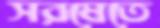
সরষেতে